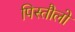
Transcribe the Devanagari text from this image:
पिस्तौलो